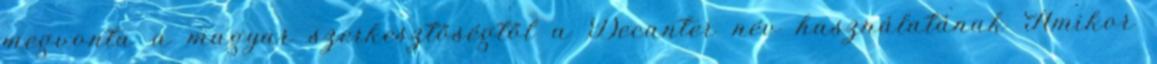
megvonta a magyar szerkesztőségtől a Decanter név használatának Amikor